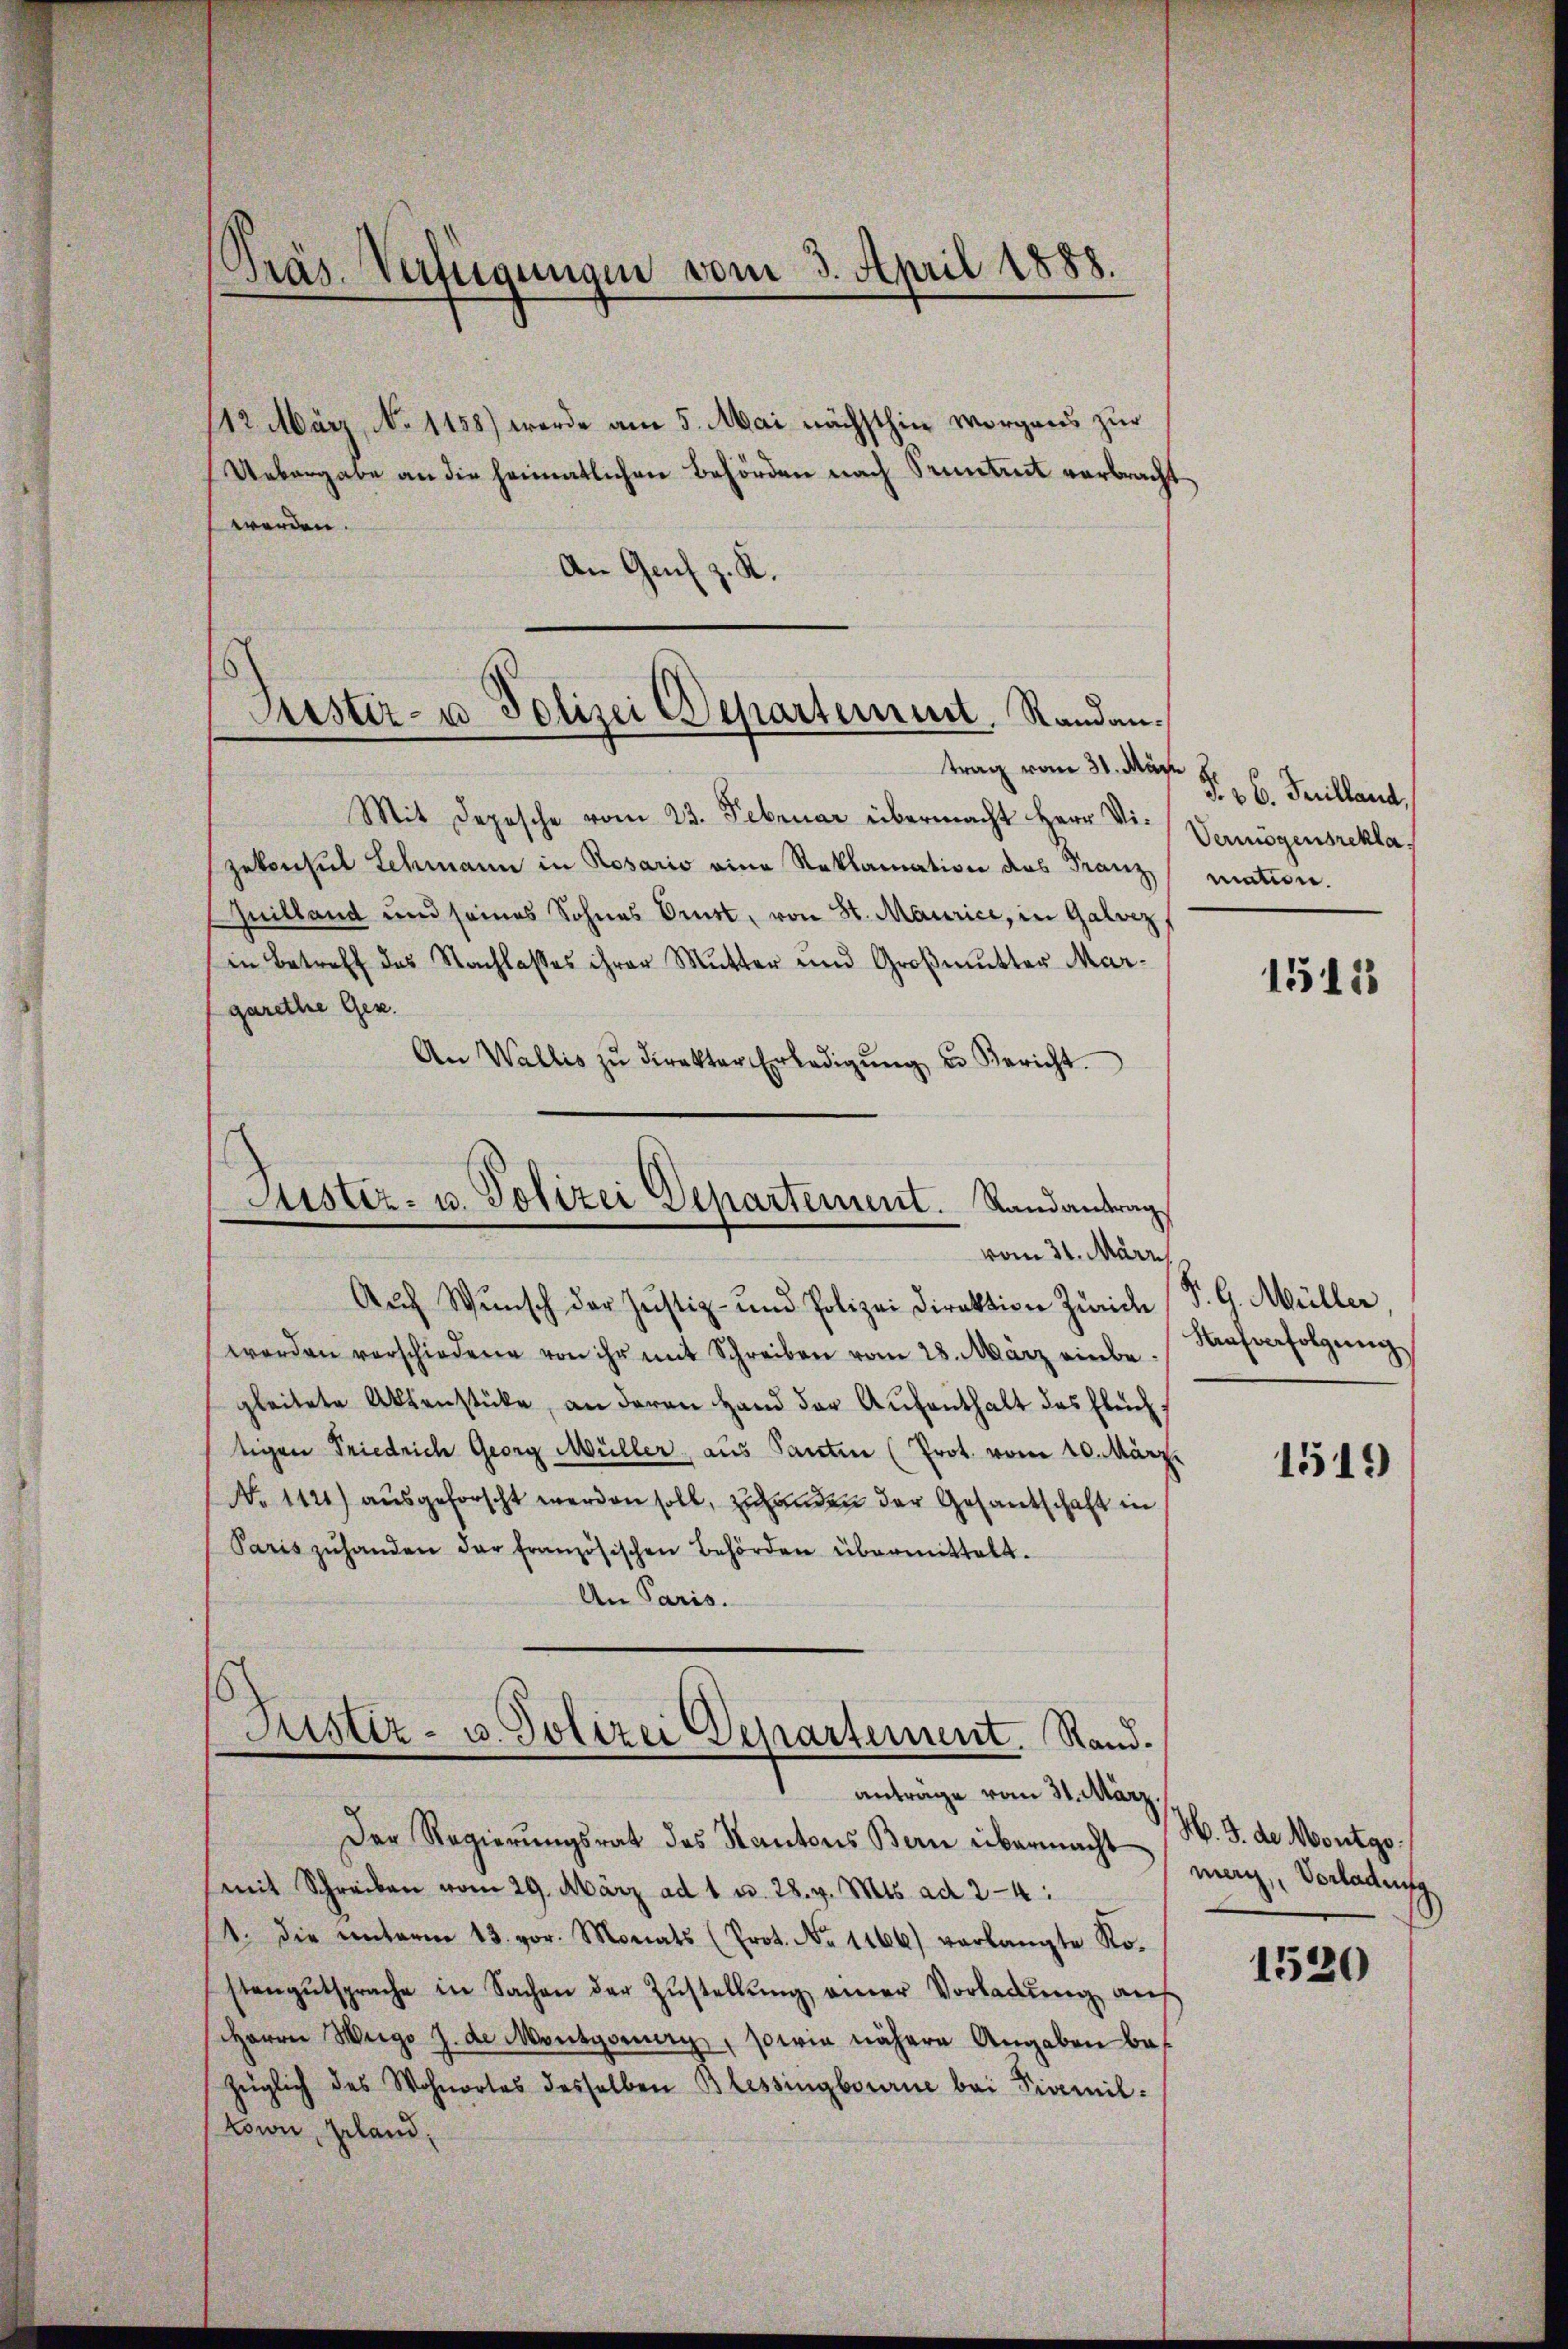
Präs. Verfügungen vom 3. April 1888.

112. März, No 1158) werde am 5. Mai nächsthin vorgens zur
Uebergabe an die heimatlichen Behörden nach Pruntert verbracht
werden.
An Genf z. R.

Puster- u Polizei Departement, Randantrag vom 31. März

Justiz- u. Polizei Departement. Randantrag
vom 31. März

Mit Depesche vom 23. Februar übermacht Herr Vizekonsul Schmann in Rosario eine Reklamation des Franz
Quilland und seines Sohnes Ernst, von St. Maurice, in Galvez
in Betreff das Nachlasses ihrer Mutter und Großmutter Mar-
garethe Gen.
An Wallis zŭ direkter Erledigŭng u. Bericht.
Auf Wunsch der Justiz- und Polizei Direktion Zürich
werden verschiedene von ihr mit Schreiben vom 28. März einbe
gleitete Aktenstücke, an deren Hand der Aufenthalt des Flüchtigen Friedrich Georg Müller, aus Santen (Prot. vom 20. März.
No 1121) ausgeforscht werden soll, zu anden der Gesantschaft in
Paris zŭ handen der französischen Behörden übermittelt.
An Paris.
Justiz- u. Polizei Departement. Rand.
antrage vom 31. März
Der Regierungsrat des Kantons Bern übermacht
mit Schreiben vom 29. März ad 1 u. 28. v. Mts. ad 24:
1. die unterm 13. vor. Monats (Prot. No 1166) verlangte Rostengŭtsprache in Sachen der Zŭstellŭng einer Vorladung auf
Herrn Weige J. de Montgorierz, sowie nähere Angaben be-
Züglich des Wohnortes desselben Blessingbourne bei Pivemil¬
Nown, geland,

§. 26. Feuilland,
Vermögensrekla
mation.

1511

§. 6. Müller,
Haferfolgung

1519

M. J. de Nontgo.
mer, Vorladung

1520